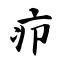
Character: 疖